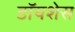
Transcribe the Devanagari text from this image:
डॉयशेस